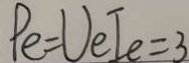
P e = U e I e = 3